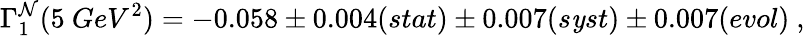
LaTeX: \Gamma_{1}^{\mathcal{N}}(5~GeV^{2})=-0.058\pm0.004(stat)\pm0.007(s\mathit{y}st)\pm0.007(evol)~,